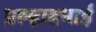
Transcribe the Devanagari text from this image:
प्रल्हादभाई